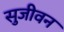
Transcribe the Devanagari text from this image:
सुजीवन